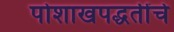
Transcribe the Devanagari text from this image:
पोशाखपद्धतींचे